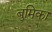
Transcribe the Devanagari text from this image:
बुमिका